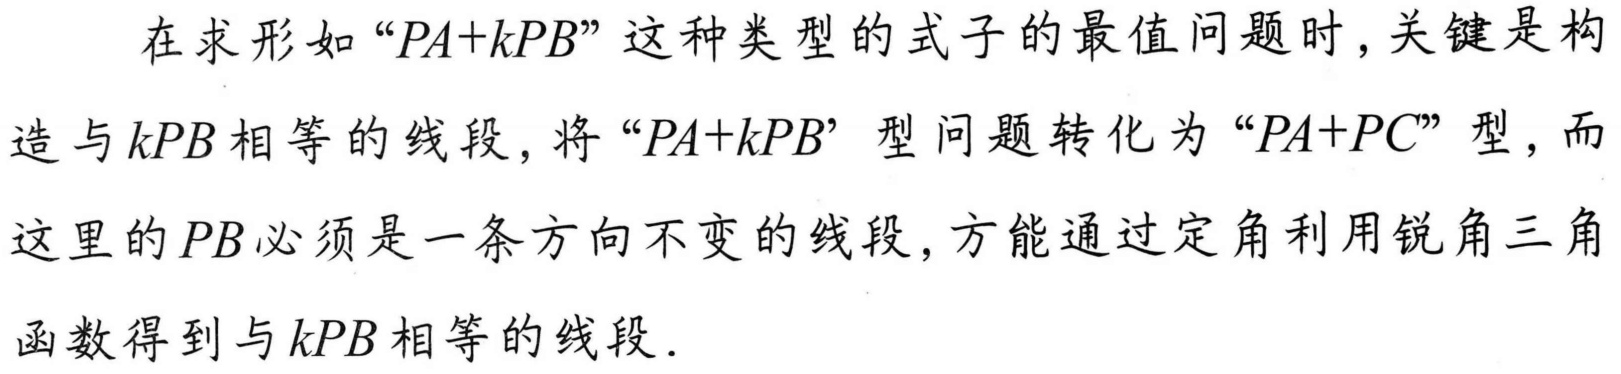
在求形如“\(PA + kPB\)”这种类型的式子的最值问题时，关键是构造与\(kPB\)相等的线段，将“\(PA + kPB\)”型问题转化为“\(PA + PC\)”型，而这里的\(PB\)必须是一条方向不变的线段，方能通过定角利用锐角三角函数得到与\(kPB\)相等的线段.